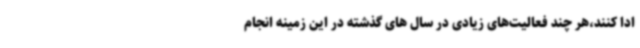
ادا کنند،هر چند فعالیت‌های زیادی در سال های گذشته در این زمینه انجام